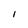
Character: 1